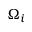
\Omega _ { i }